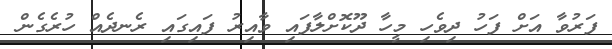
ފަރުވާ އަށް ފަހު ދިވެހި މީހާ ދޫކޮށްލާފައި ވާއިރު ފައިގައި ރެނދެއް ހުރެގެން